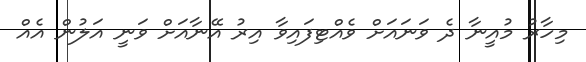
މިހާރު މުއީނާ ދެ ވަނައަށް ވެއްޓިފައިވާ އިރު އޭނާއަށް ވަނީ އަލުން އެއް